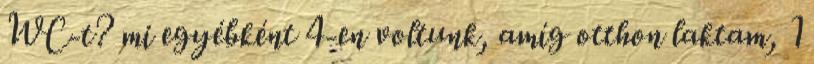
WC-t? mi egyébként 4-en voltunk, amíg otthon laktam, 1